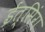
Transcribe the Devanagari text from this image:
ईत्सिंग